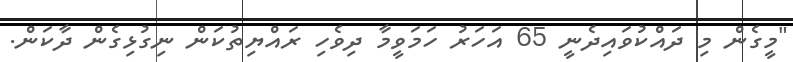
"މީގެން މި ދައްކުވައިދެނީ 65 އަހަރު ހަމަވީމާ ދިވެހި ރައްޔިތުކަން ނިގުޅިގެން ދާކަން.